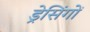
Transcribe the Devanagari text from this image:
ड्रेसिंगों